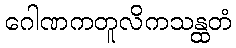
ဂေါဏကတူလိကသန္ထတံ